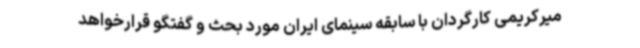
میرکریمی کارگردان با سابقه سینمای ایران مورد بحث و گفتگو قرارخواهد